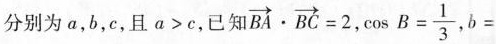
分别为a，b，c，且$$a > c$$，已知 $$\overrightarrow { B A } \cdot \overrightarrow { B C } = 2$$，$$\cos B = \frac { 1 } { 3 }$$ ，$$b =